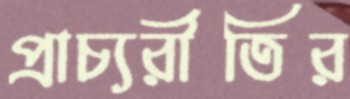
প্রাচ্যরীতির